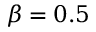
\beta = 0 . 5